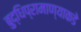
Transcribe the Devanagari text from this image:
बुद्धिप्रामाण्याकडे